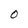
Character: O